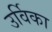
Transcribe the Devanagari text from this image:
उर्विका